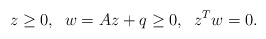
\begin{align*} z\geq 0,\;\; w = Az + q \geq 0,\;\; z^T w = 0.\end{align*}